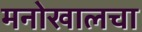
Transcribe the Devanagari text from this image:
मनोखालचा